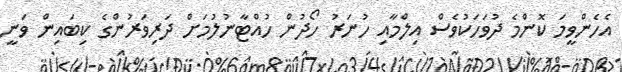
އެހެންވީމަ ކޮންމެ ދުވަހަކުވެސް އިލްމާއި ހުނަރު ހޯދުން ހުއްޓާނުލުމަށް ދަރިވަރުންގެ ކިބައިން ވަނީ